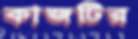
কাজটির